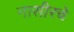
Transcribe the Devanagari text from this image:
नासीरचे